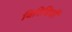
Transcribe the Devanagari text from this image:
विरिधियों